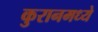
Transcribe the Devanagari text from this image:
कुरानमध्ये